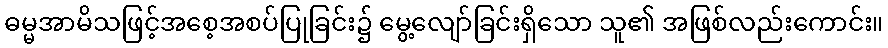
ဓမ္မအာမိသဖြင့်အစေ့အစပ်ပြုခြင်း၌ မွေ့လျော်ခြင်းရှိသော သူ၏ အဖြစ်လည်းကောင်း။